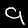
Label: 9